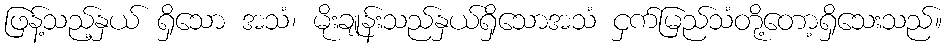
ဖြန့်သည့်နှယ် ရှိသော အသံ၊ မိုးချုန်းသည်နှယ်ရှိသောအသံ ငှက်မြည်သံတို့တော့ရှိသေးသည်။